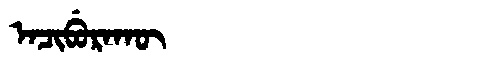
Manchu: ᠠᠴᡳᠪᡠᡵᠠᡴᡡ
Romanization: ACIBURAKŪ